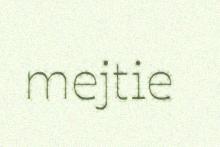
mejtie